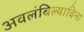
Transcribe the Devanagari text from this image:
अवलंबिल्याविना